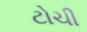
ટોચી